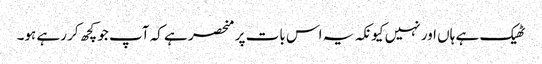
ٹھیک ہے ہاں اور نہیں کیونکہ یہ اس بات پر منحصر ہے کہ آپ جو کچھ کر رہے ہو۔